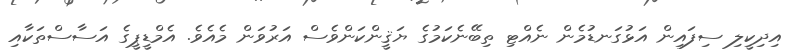
އިދިކީލި ސިފައިން އަޅުގަނޑުމެން ނެއްޓި ތިބޭނެކަމުގެ ޔަޤީންކަންވެސް އަރުވަން މެއެވެ. އެމްޑީޕީގެ އަސާސްތަކާއި